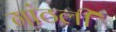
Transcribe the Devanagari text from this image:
गांठली